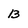
Character: b